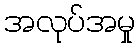
အလုပ်အမှု